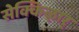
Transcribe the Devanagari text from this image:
सेक्किऴार्